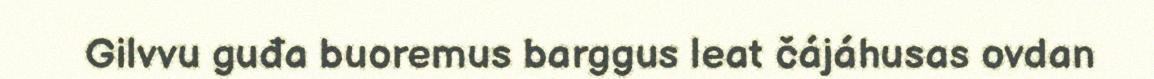
Gilvvu guđa buoremus barggus leat čájáhusas ovdan